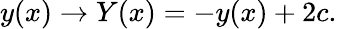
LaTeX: y(x)\rightarrow Y(x)=-y(x)+2c.